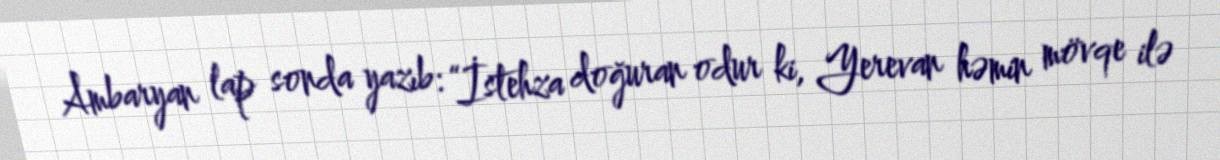
Ambaryan lap sonda yazıb: “İstehza doğuran odur ki, Yerevan həmin mövqe ilə